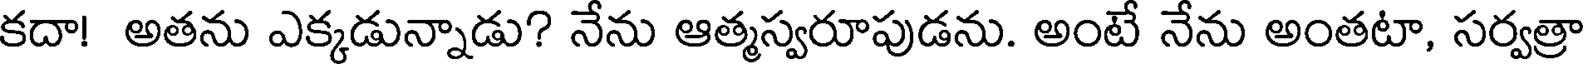
కదా! అతను ఎక్కడున్నాడు? నేను ఆత్మస్వరూపుడను. అంటే నేను అంతటా, సర్వత్రా